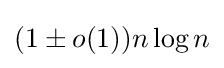
(1\pm o(1))n\log n